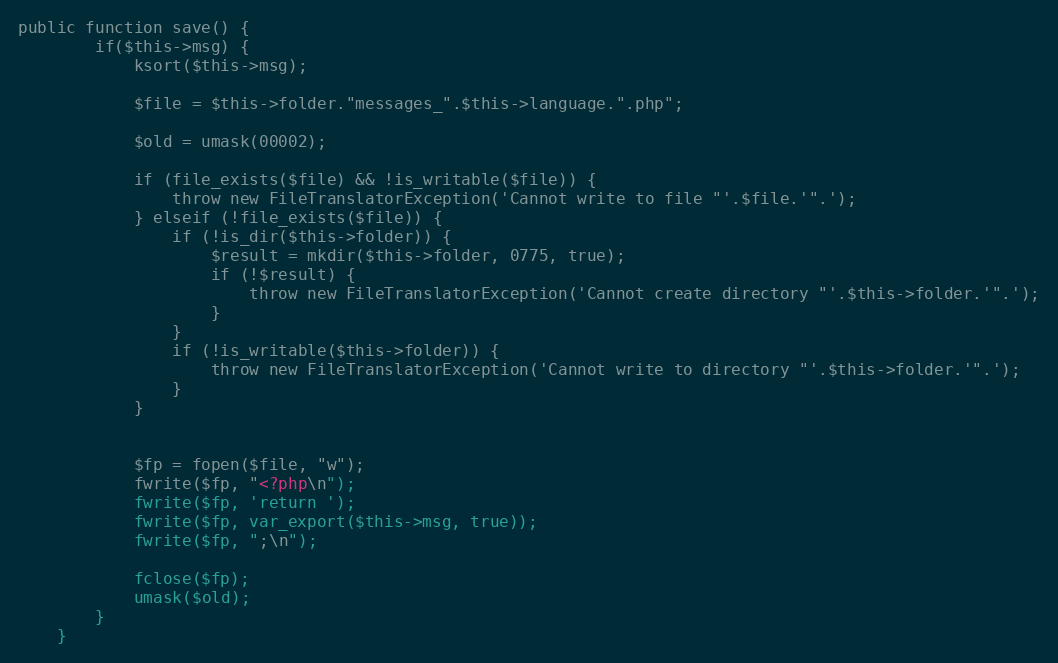
Language: PHP
public function save() {
		if($this->msg) {
			ksort($this->msg);

			$file = $this->folder."messages_".$this->language.".php";

			$old = umask(00002);

			if (file_exists($file) && !is_writable($file)) {
				throw new FileTranslatorException('Cannot write to file "'.$file.'".');
			} elseif (!file_exists($file)) {
				if (!is_dir($this->folder)) {
					$result = mkdir($this->folder, 0775, true);
					if (!$result) {
						throw new FileTranslatorException('Cannot create directory "'.$this->folder.'".');
					}
				}
				if (!is_writable($this->folder)) {
					throw new FileTranslatorException('Cannot write to directory "'.$this->folder.'".');
				}
			}

			$fp = fopen($file, "w");
			fwrite($fp, "<?php\n");
			fwrite($fp, 'return ');
			fwrite($fp, var_export($this->msg, true));
			fwrite($fp, ";\n");

			fclose($fp);
			umask($old);
		}
	}